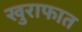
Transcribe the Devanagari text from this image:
खुराफात